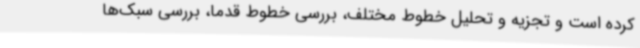
کرده است و تجزیه و تحلیل خطوط مختلف، بررسی خطوط قدما، بررسی سبک‌ها